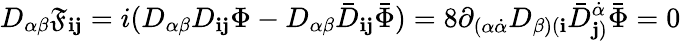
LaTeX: D_{\alpha\beta}\mathfrak{F}_{{\mathbf{i}}{\mathbf{j}}}=i(D_{\alpha\beta}D_{{\mathbf{i}}{\mathbf{j}}}\Phi-D_{\alpha\beta}{\bar{{D}}}_{{\mathbf{i}}{\mathbf{j}}}{\bar{{\Phi}}})=8\partial_{(\alpha\dot{{\alpha}}}D_{\beta)({\mathbf{i}}}{\bar{{D}}}_{{\mathbf{j}})}^{\dot{{\alpha}}}{\bar{{\Phi}}}=0